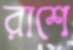
রাশে